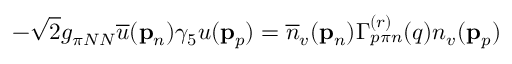
- \sqrt { 2 } g _ { \pi N N } \overline { { { u } } } ( { \bf p } _ { n } ) \gamma _ { 5 } u ( { \bf p } _ { p } ) = \overline { { { n } } } _ { v } ( { \bf p } _ { n } ) \Gamma _ { p { \pi } n } ^ { ( r ) } ( q ) n _ { v } ( { \bf p } _ { p } )